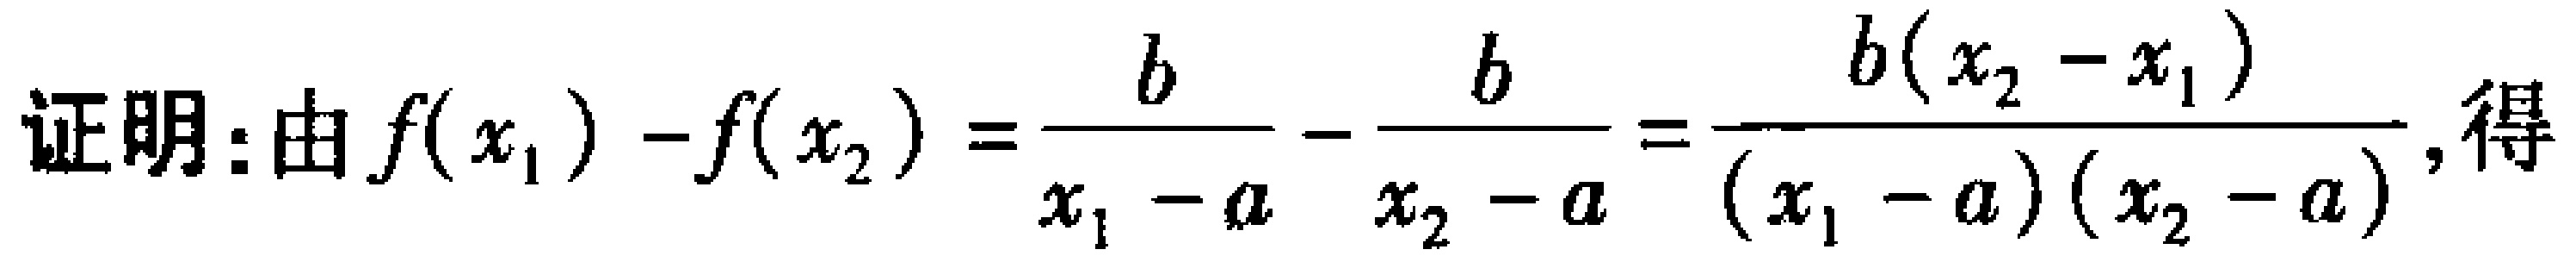
证明：由\(f(x_1)-f(x_2)=\frac{b}{x_1 - a}-\frac{b}{x_2 - a}=\frac{b(x_2 - x_1)}{(x_1 - a)(x_2 - a)}\)，得